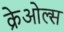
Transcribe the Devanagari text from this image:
क्रेओल्स